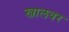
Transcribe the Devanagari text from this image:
खालवर